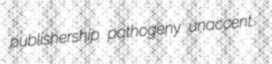
publishership pathogeny unaccent